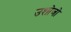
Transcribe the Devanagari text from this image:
उशोजो